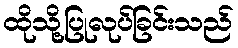
ထိုသို့ပြုလုပ်ခြင်းသည်